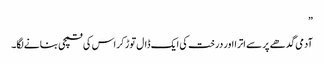
”
آدمی گدھے پر سے اترا اور درخت کی ایک ڈال توڑ کر اس کی قمچی بنانے لگا۔